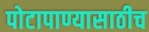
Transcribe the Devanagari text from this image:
पोटापाण्यासाठीच